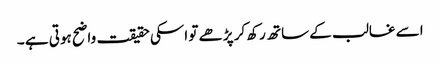
اسے غالب کے ساتھ رکھ کر پڑھے تو اسکی حقیقت واضح ہوتی ہے ۔